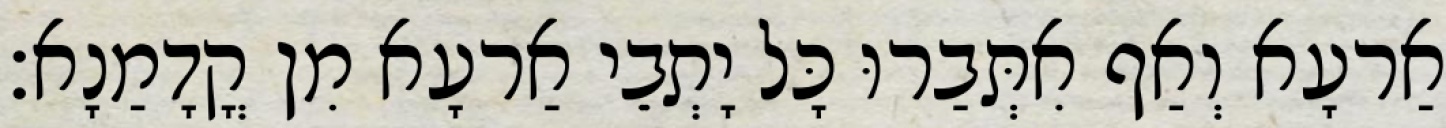
אַרעָא וְאַף אִתְּבַרוּ כָּל יָתְבֵי אַרעָא מִן קֳדָמַנָא׃